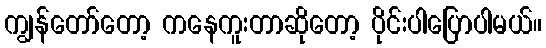
ကျွန်တော်တော့ ကနေကူးတာဆိုတော့ ပိုင်းပါပြောပါမယ်။